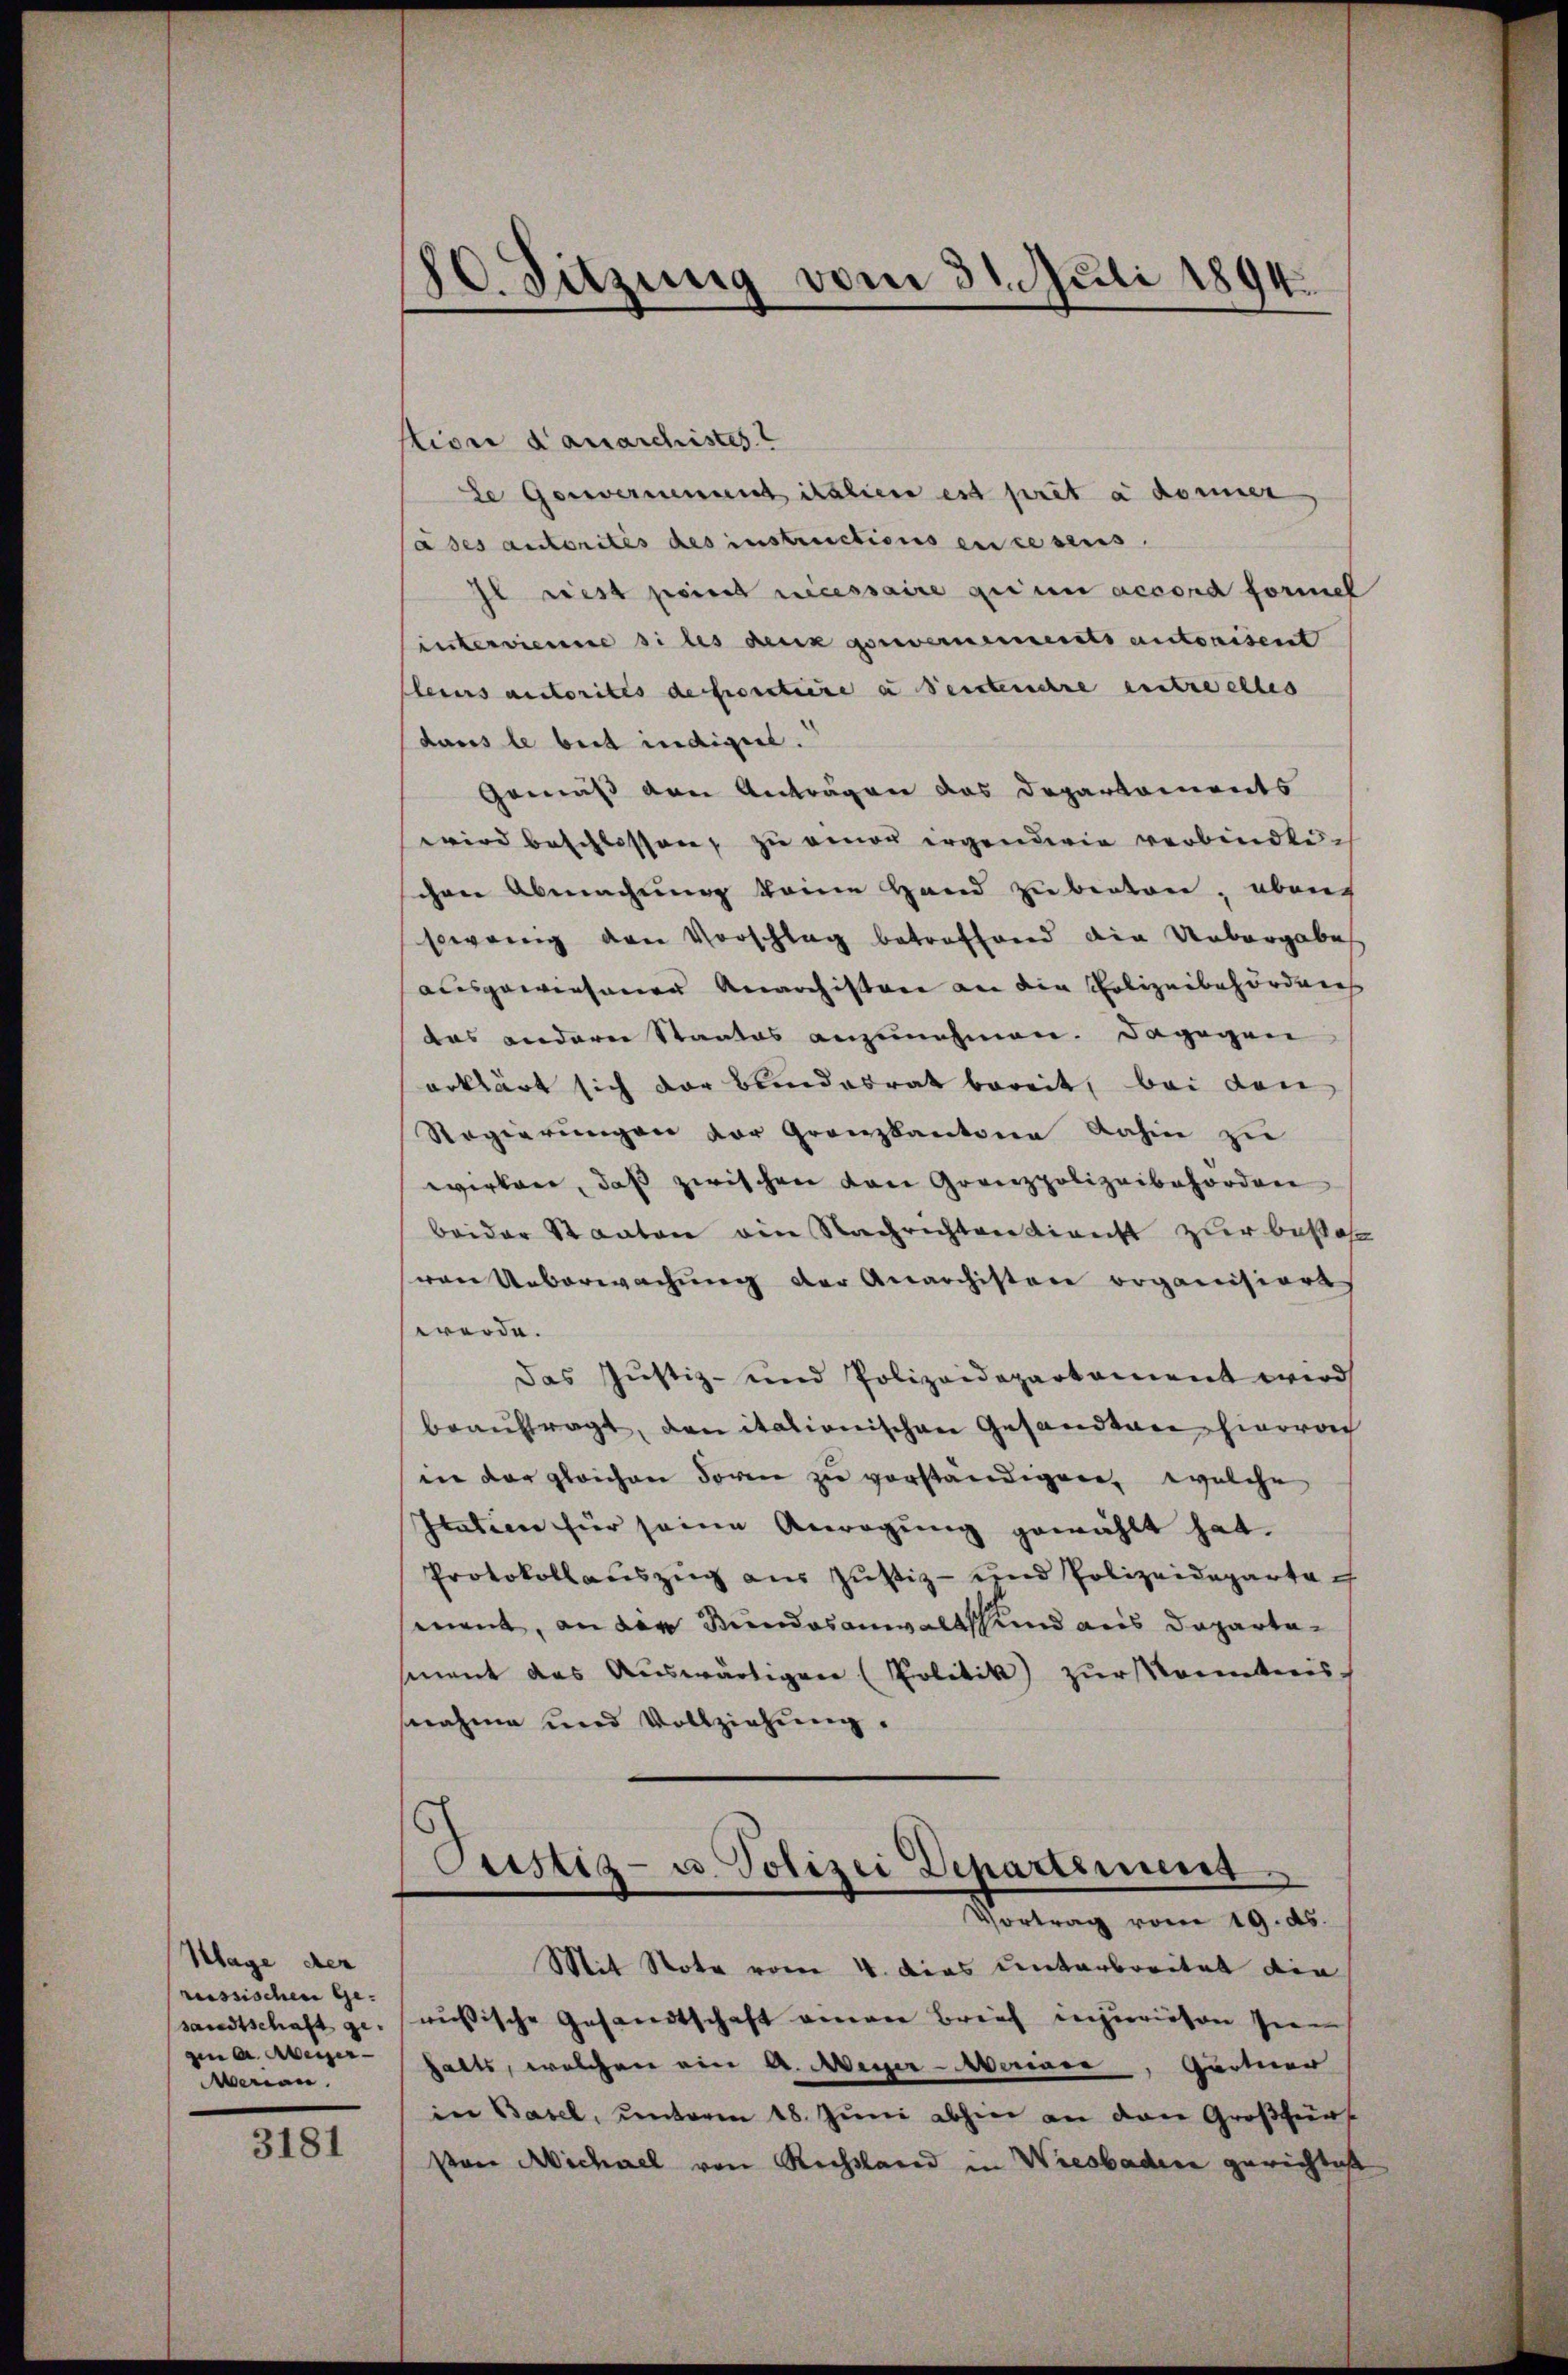
Klage der
russischen Ge-
sandtschaft gegen a. Aberger-
Merian

3181

180. Sitzung vom 31. Juli 1894.

stion danarchistes
de Gewernement italien est pret a donner
ades autorités des instructions en resens
Il rest point necessaire quium accord formel
intervienne si les denk gouvernements autorisent
fleurs autorites de foretiere a Senteuere entreelles
dans le beit indiger.
Gemäß den Anträgen das Departaments
wird beschlossen, zu einer irgenderie verbindlischen Abmachung keine Hand zu beston, eben
sowenig von Vorschlag betreffend die Uebergabe
ausgewiesenen Anarchistore an die Polizeibehörderes
das anderer Staates anzunehmen. Dagegen
erklärt sich der Bundesrat bereit, bei den
Regierungen vor Granzkantone dahin zu
wirken, daß zwischen von Grenzpolizeibehörden
beider Staaten ain Nachrichten Kienst zur beso
von Ueberwachung der Anarchisten organisiert
werde.
Das Justiz- und Polizeidepartament wird
beauftragt, den itationischen Gesandten hiervo
in der gleichen Foren zu vorständigen, welche
Italien für seine Anregung gewählt hat.
Protokollauszug aus Justiz- und Polizeideparta ch
mnent, an der Stundesanwaltsch und aus Departesment das Auswärtigen (Politik zur Kenntnis
nahme und Vollziehung.
Pustiz- u. Polizei Departement
Vonung vom 19. ds.
Mit Note vom 4. dies unterbreitet die
aussische Gesandtschaft einer Brief anzuziehen sein
halts, welchen ein A. Meyer-Meriner, Gärtner
in Basel, unterm 18. Juni abhin an den Großfürs
von Michael von Rechtland in Wiesbaden gerichtest